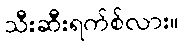
သီးဆီးရက်စ်လား။